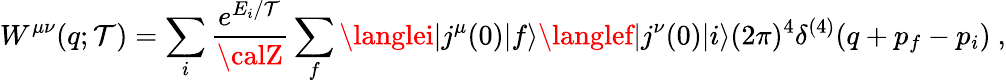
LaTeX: W^{\mu\nu}(q;\mathcal{T})=\sum_{i}\frac{{e^{E_{i}/\mathcal{T}}}}{{\calZ}}\sum_{f}\langlei|j^{\mu}(0)|f\rangle\langlef|j^{\nu}(0)|i\rangle(2\pi)^{4}\delta^{(4)}(q+p_{f}-p_{i})\ ,